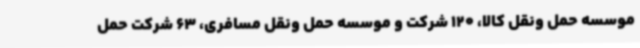
موسسه حمل ونقل کالا، 120 شرکت و موسسه حمل ونقل مسافری، 63 شرکت حمل